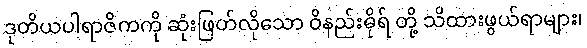
ဒုတိယပါရာဇိကကို ဆုံးဖြတ်လိုသော ဝိနည်းဓိုရ် တို့ သိထားဖွယ်ရာများ၊